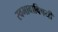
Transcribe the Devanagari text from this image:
स्वभावाविषयी